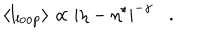
\langle l _ { \mathrm { l o o p } } \rangle \propto | \eta - \eta ^ { \star } | ^ { - \gamma } \, \, \, \, \, . \, \, \, \, \,